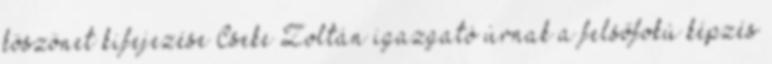
köszönet kifejezése Cseke Zoltán igazgató úrnak a felsőfokú képzés